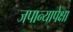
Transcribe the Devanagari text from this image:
जपान्यापेक्षा